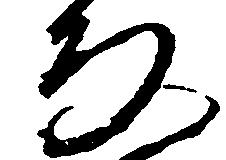
な